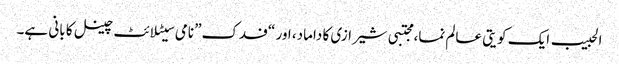
الحبیب ایک کویتی عالم نما، مجتبی شیرازی کا داماد، اور “فدک” نامی سیٹلائٹ چینل کا بانی ہے۔